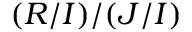
( R / I ) / ( J / I )